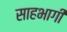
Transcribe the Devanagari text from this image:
साहभागी